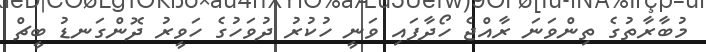
މުބާރާތުގެ ތިންވަނަ ރާއްޖެ ހޯދާފައި ވަނީ ހުކުރު ދުވަހުގެ ހަވީރު ދޮންގަނޑު ބީޗް